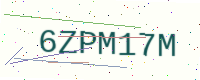
Text: 6ZPM17M